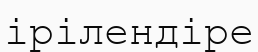
ірілендіре